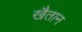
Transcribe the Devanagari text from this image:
खैतान